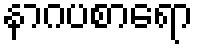
နာဂပစာရော